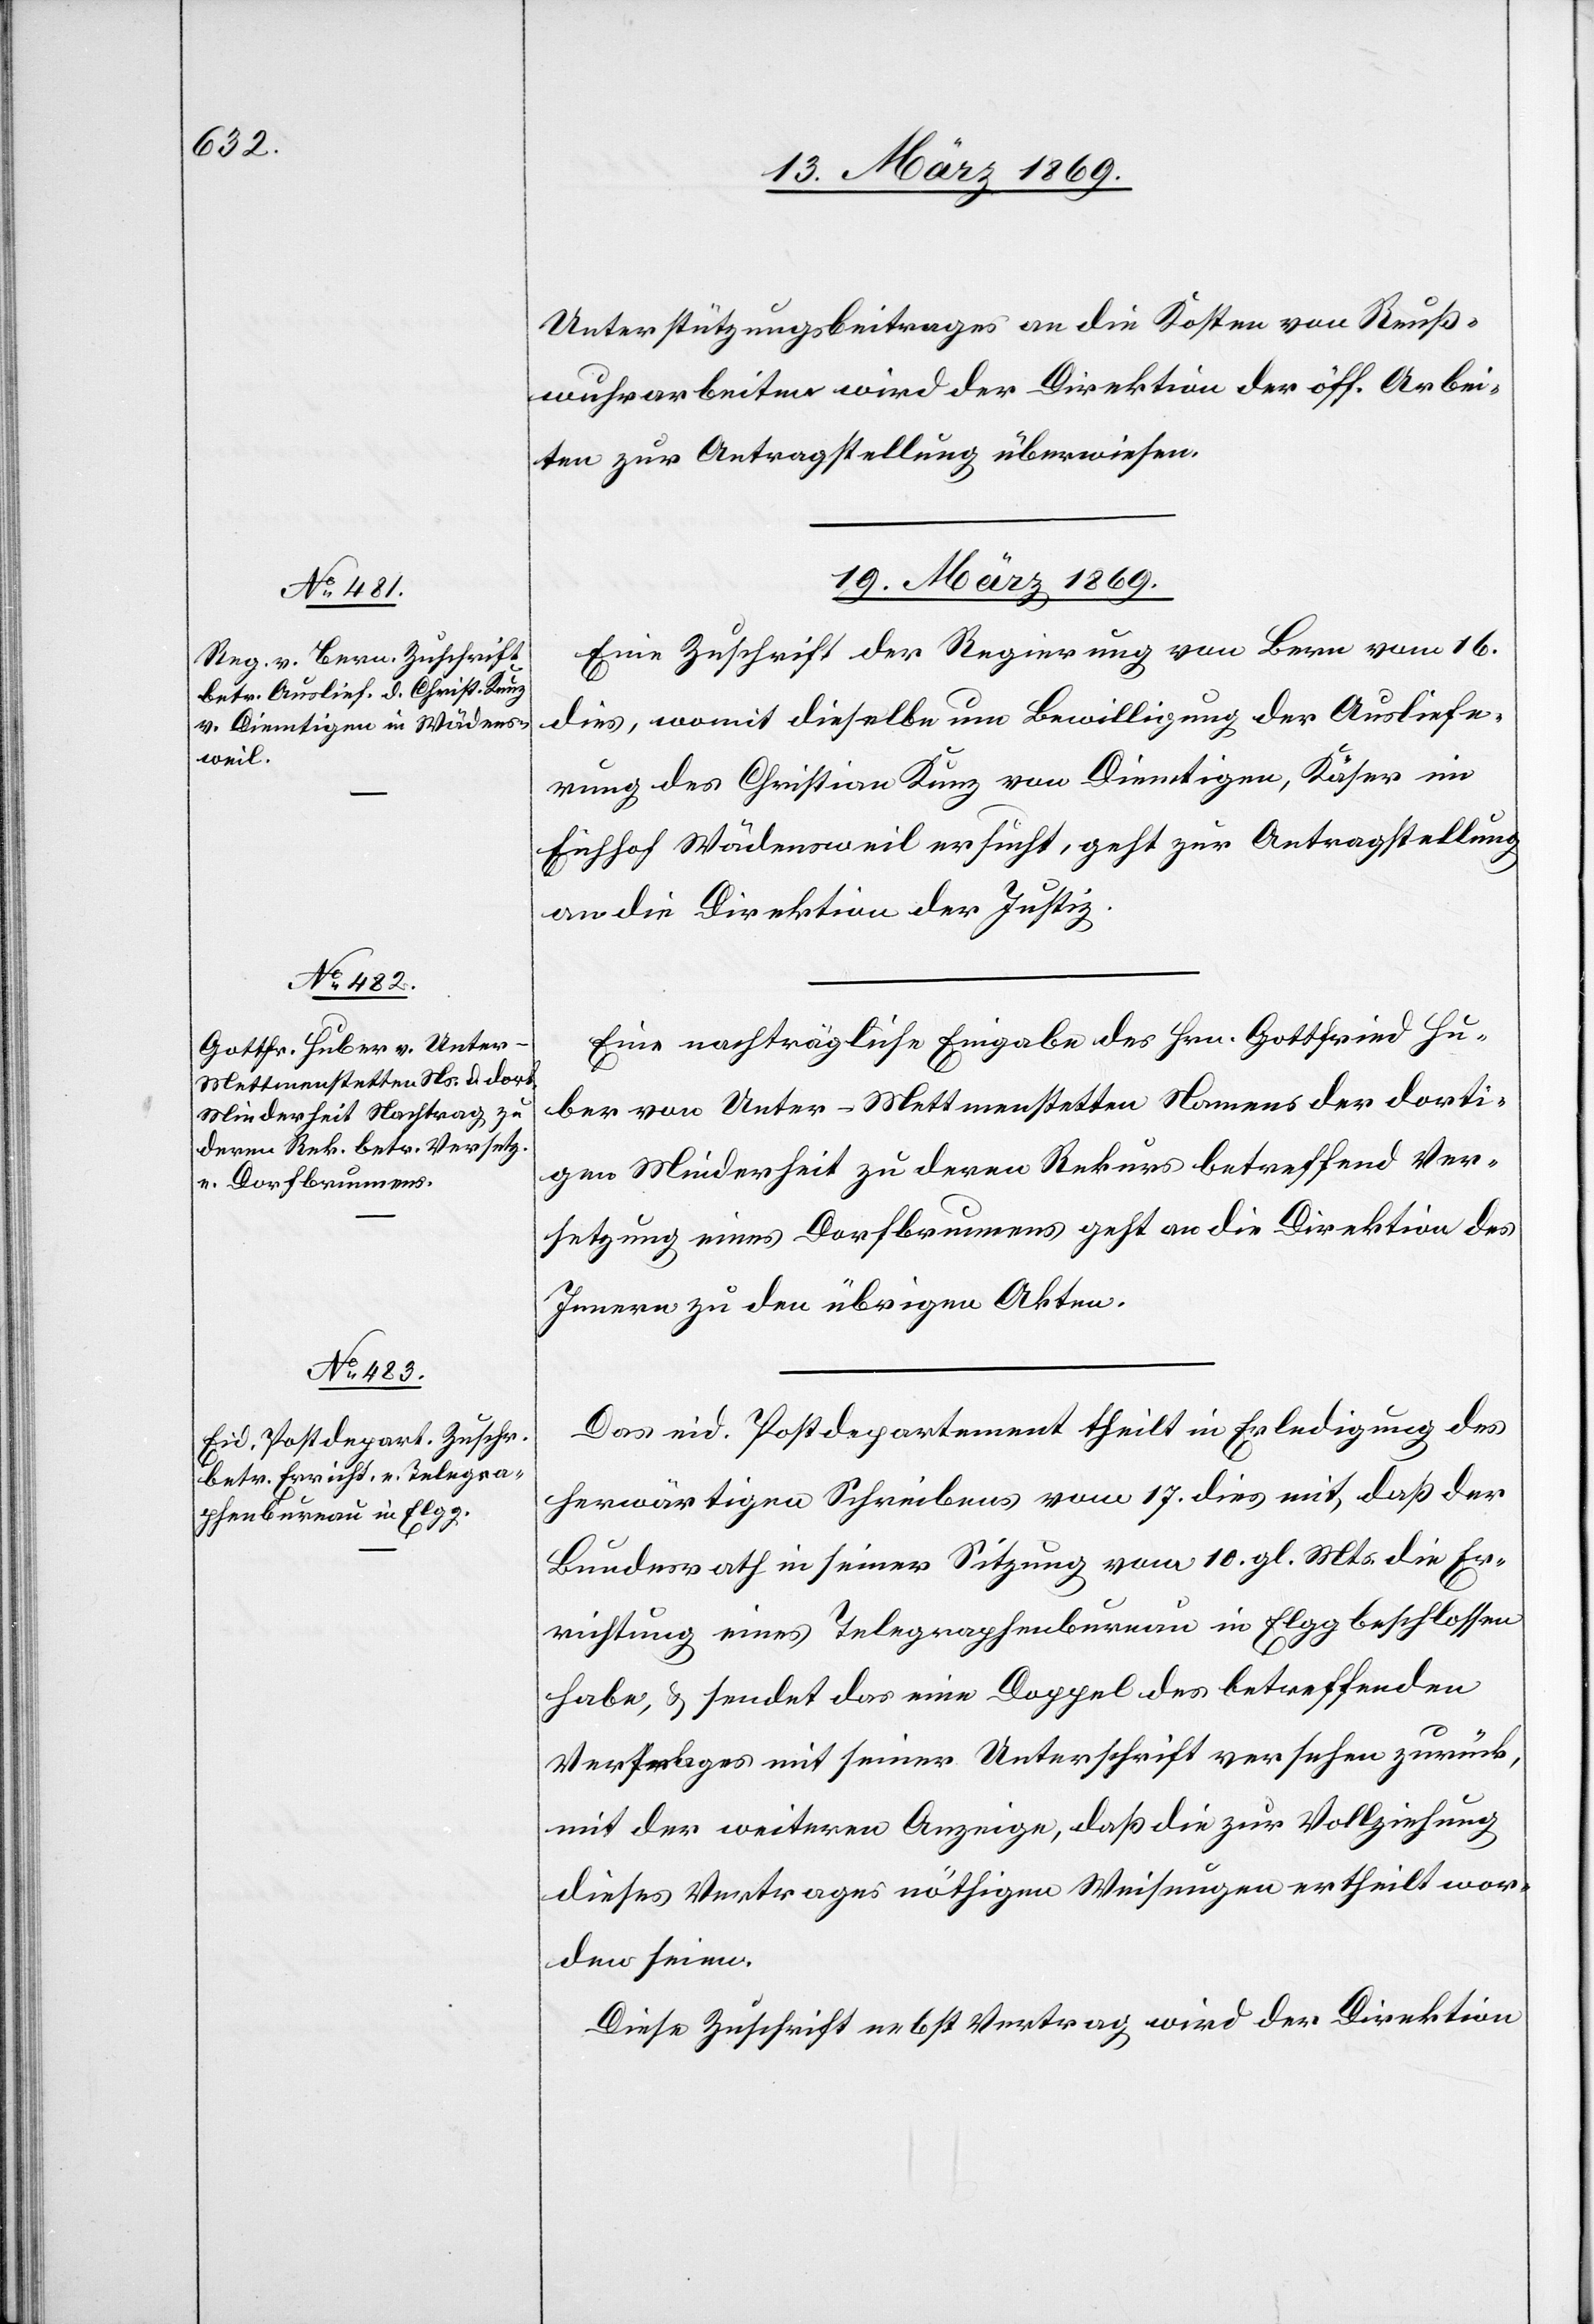
Unterstützungsbeitrages an die Kosten von Reuß¬
wuhrarbeiten wird der Direktion der öff. Arbei¬
ten zur Antragstellung überwiesen.
19 März 1869.]
Eine Zuschrift der Regierung von Bern vom 16.
dies, womit dieselbe um Bewilligung der Ausliefe¬
rung des Christian Kunz von Diemtigen, Käser im
Eichhof Wädensweil ersucht, geht zur Antragsstellung
an die Direktion der Justiz.
Eine nachträgliche Eingabe des Hrn. Gottfried Hu¬
ber von Unter-Mettmenstetten Namens der dorti¬
gen Minderheit zu deren Rekurs betreffend Ver¬
setzung eines Dorfbrunnens geht an die Direktion des
Innern zu den übrigen Akten.
Das eid. Postdepartement theilt in Erledigung des
herwärtigen Schreibens vom 17. dies mit, daß der
Bundesrath in seiner Sitzung vom 10. gl. Mts. die Er¬
richtung eines Telegraphenbureau in Elgg beschlossen
habe, & sendet das eine Doppel des betreffenden
Vertrages mit seiner Unterschrift versehen zurück,
mit der weitern Anzeige, daß die zur Vollziehung
dieses Vertrages nöthigen Weisungen ertheilt wor¬
den seien.
Diese Zuschrift nebst Vertrag wird der Direktion